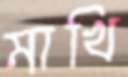
মাখি